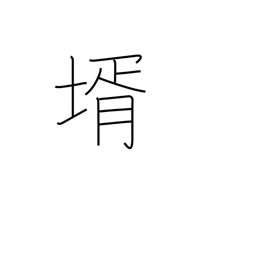
Meaning: son-in-law